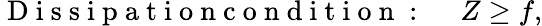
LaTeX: \mathrm{~D~i~s~s~i~p~a~t~i~o~n~c~o~n~d~i~t~i~o~n~:~}\quad Z\geq f,